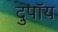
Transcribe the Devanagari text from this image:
दुपॉय